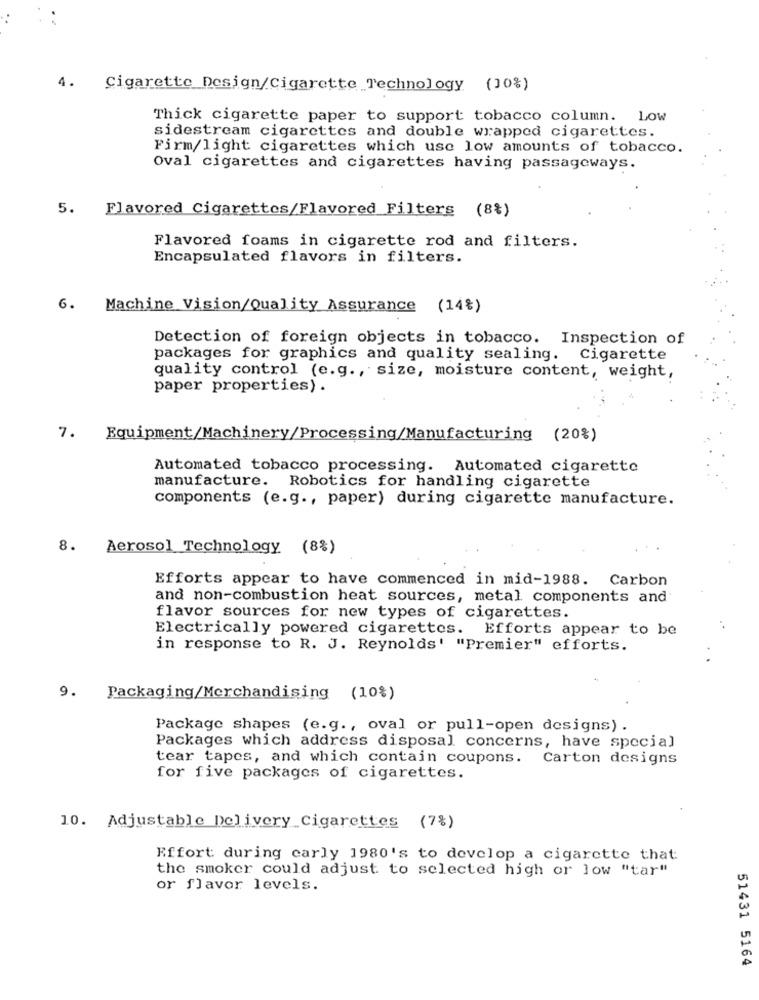
4.
Cigarette Design/Cigarette Technology (10%)
Thick cigarette paper to support tobacco column. Low
sidestream cigarettes and double wrapped cigarettes.
Firm/light cigarettes which use low amounts of tobacco.
Oval cigarettes and cigarettes having passageways.
5.
Flavored Cigarettes/Flavored Filters (8%)
Flavored foams in cigarette rod and filters.
Encapsulated flavors in filters.
6.
Machine Vision/Quality Assurance (14%)
Detection of foreign objects in tobacco. Inspection of
packages for graphics and quality sealing. Cigarette
quality control (e.g ., size, moisture content, weight,
paper properties) .
7.
Equipment/Machinery/Processing/Manufacturing (20%)
Automated tobacco processing. Automated cigarette
manufacture. Robotics for handling cigarette
components (e.g ., paper) during cigarette manufacture.
8.
Aerosol Technology (8%)
Efforts appear to have commenced in mid-1988.
Carbon
and non-combustion heat sources, metal components and
flavor sources for new types of cigarettes.
Electrically powered cigarettes. Efforts appear to be
in response to R. J. Reynolds' "Premier" efforts.
9. Packaging/Merchandising (10%)
Package shapes (e.g ., oval or pull-open designs) .
Packages which address disposal concerns, have special
tear tapes, and which contain coupons. Carton designs
for five packages of cigarettes.
10. Adjustable Delivery Cigarettes (7%)
Effort during carly 1980's to develop a cigarette that
the smoker could adjust to selected high or low "tar"
or flavor levels.
51431 5164